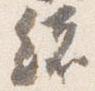
緒